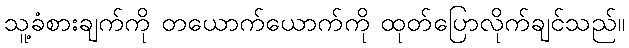
သူ့ခံစားချက်ကို တယောက်ယောက်ကို ထုတ်ပြောလိုက်ချင်သည်။